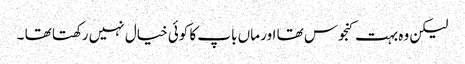
لیکن وہ بہت کنجوس تھا اور ماں باپ کا کوئی خیال نہیں رکھتا تھا ۔